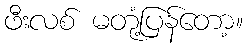
ဖီးလစ် မတုံ့ပြန်တော့။